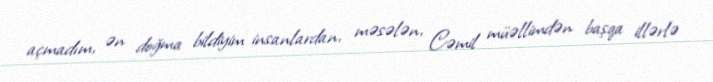
açmadım, ən doğma bildiyim insanlardan, məsələn, Cəmil müəllimdən başqa illərlə